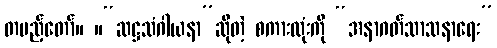
တပည့်တော်။ ။“ဆဋ္ဌသံဂါယနာ”ဆိုတဲ့ စကားလုံးကို “အနာဂတ်သာသနာရေး”